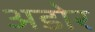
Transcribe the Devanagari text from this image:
अडोर